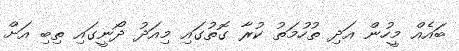
ބައެއް މީހުން އަދި ތުހުމަތު ކުރާ ގޮތުގައި މިއަދު ދޯނީގައި ތިބި އަށް